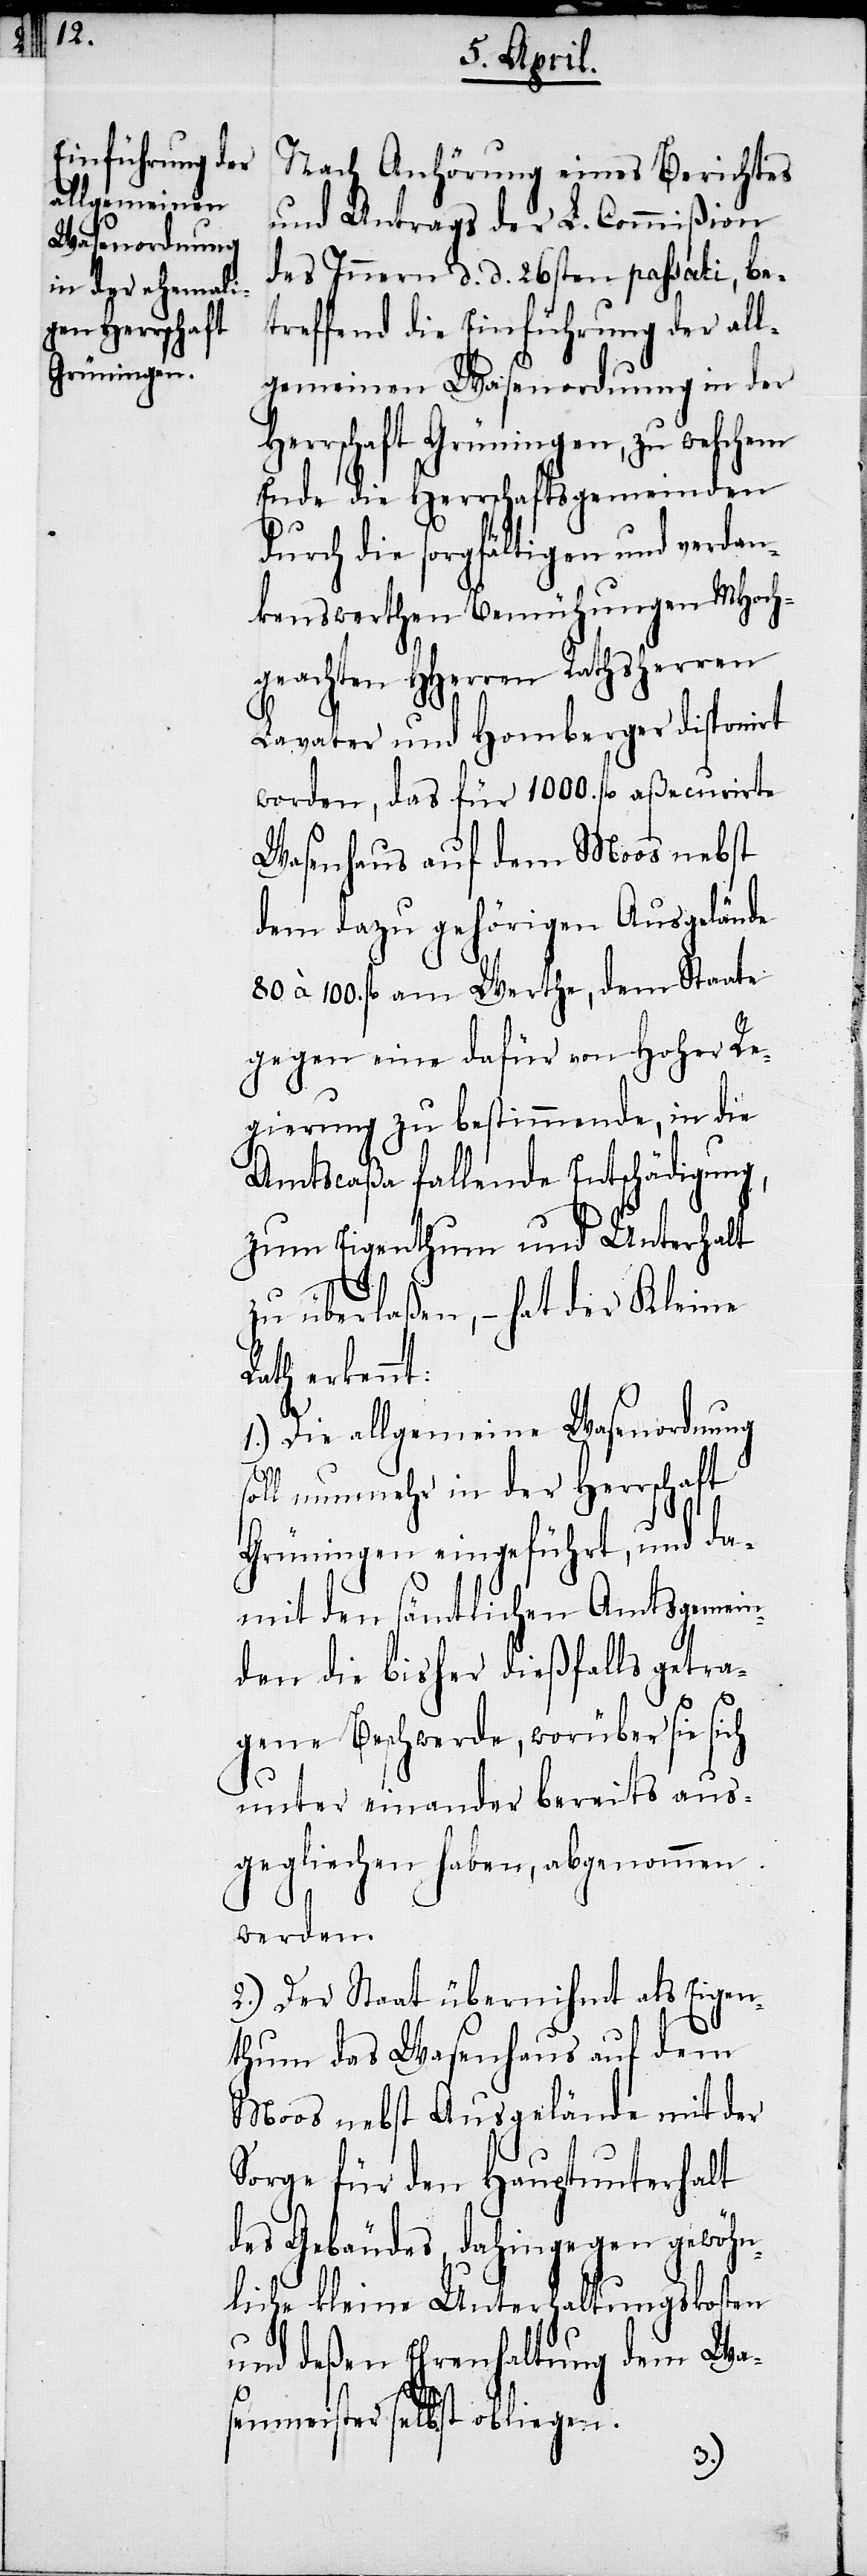
Nach Anhörung eines Berichtes
und Antrags der L. Commißion
des Innern d. d. 26sten passati, be¬
treffend die Einführung der all¬
gemeinen Wasenordnung in der
Herrschaft Grüningen, zu welchem
Ende die Herrschaftsgemeinden
durch die sorgfältigen und verdan¬
kenswerthen Bemühungen MHoch¬
geachten HHerren Rathsherren
Lavater und Homberger disponirt
worden, das für 1000. fl. aßecurirte
Wasenhaus auf dem Moos nebst
dem dazu gehörigen Ausgelände
80 à 100. fl. am Werthe, dem Staate
gegen eine dafür von Hoher Re¬
gierung zu bestimmende, in die
Amtscaßa fallende Entschädigung,
zum Eigenthum und Unterhalt
zu überlaßen, – hat der Kleine
Rath erkennt:
1.) Die allgemeine Wasenordnung
soll nunmehr in der Herrschaft
Grüningen eingeführt, und da¬
mit den sämtlichen Amtsgemein¬
den die bisher dießfalls getra¬
gene Beschwerde, worüber sie sich
unter einander bereits aus¬
geglichen haben, abgenommen
werden.
2.) Der Staat übernihmt als Eigen¬
thum das Wasenhaus auf dem
Moos nebst Ausgelände mit der
Sorge für den Hauptunterhalt
des Gebäudes, dahingegen gewöhn¬
liche kleine Unterhaltungskosten
und deßen Ehrenhaltung dem Wa¬
senmeister selbst obliegen.